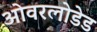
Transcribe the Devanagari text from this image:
ओवरलोडेड